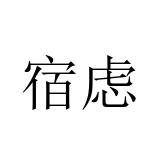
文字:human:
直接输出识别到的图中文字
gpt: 宿虑